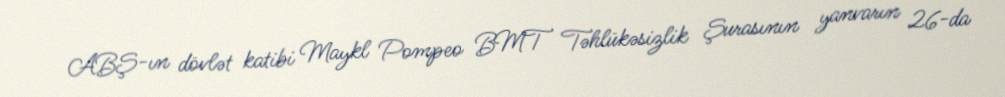
ABŞ-ın dövlət katibi Maykl Pompeo BMT Təhlükəsizlik Şurasının yanvarın 26-da